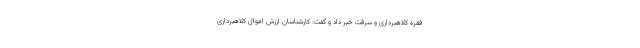
فقره کلاهبرداری و سرقت خبر داد و گفت: کارشناسان ارزش اموال کلاهبرداری